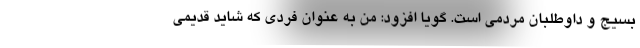
بسیج و داوطلبان مردمی است. گویا افزود: من به عنوان فردی که شاید قدیمی